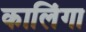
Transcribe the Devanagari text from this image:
कालिंगा